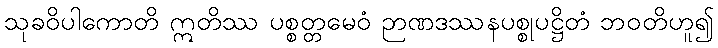
သုခဝိပါကောတိ ဣတိဿ ပစ္စတ္တမေဝံ ဉာဏဒဿနပစ္စုပဋ္ဌိတံ ဘဝတိဟူ၍